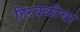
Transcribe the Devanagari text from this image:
हिरवळीचा